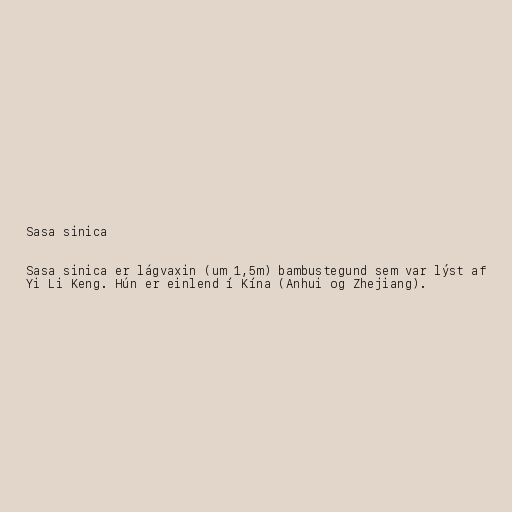
Sasa sinica

Sasa sinica er lágvaxin (um 1,5m) bambustegund sem var lýst af
Yi Li Keng. Hún er einlend í Kína (Anhui og Zhejiang).